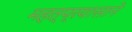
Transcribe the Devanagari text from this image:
महत्प्रयासाने